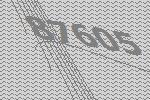
87605